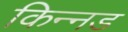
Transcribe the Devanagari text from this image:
किन्नड